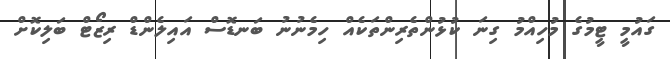
ގައުމީ ޓީމުގެ މުހިއްމު ގިނަ ކުޅުންތެރިންތަކެއް ހިމެނުނު ބަނޑޮސް އައިލެންޑް ރިޒޯޓް ބަލިކޮށް